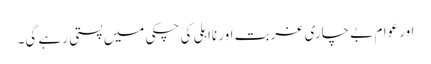
اور عوام بے چاری غربت اور نااہلی کی چکی میں پستی رہے گی۔